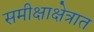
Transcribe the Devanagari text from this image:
समीक्षाक्षेत्रात